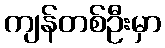
ကျန်တစ်ဦးမှာ